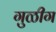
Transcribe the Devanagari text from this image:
गुळीग